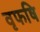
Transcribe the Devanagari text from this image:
वृफषि